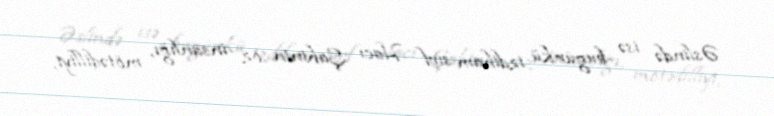
Əslində isə bugünkü izdiham sırf Hacı Şahinin öz insanlığı, mötədilliyi,